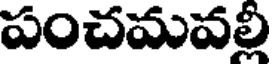
పంచమవల్లీ